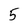
Character: 5